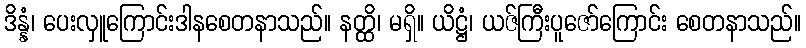
ဒိန္နံ၊ ပေးလှူကြောင်းဒါနစေတနာသည်။ နတ္ထိ၊ မရှိ။ ယိဋ္ဌံ၊ ယဇ်ကြီးပူဇော်ကြောင်း စေတနာသည်။